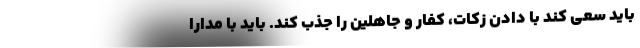
باید سعی کند با دادن زکات، کفار و جاهلین را جذب کند. باید با مدارا